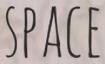
SPACE